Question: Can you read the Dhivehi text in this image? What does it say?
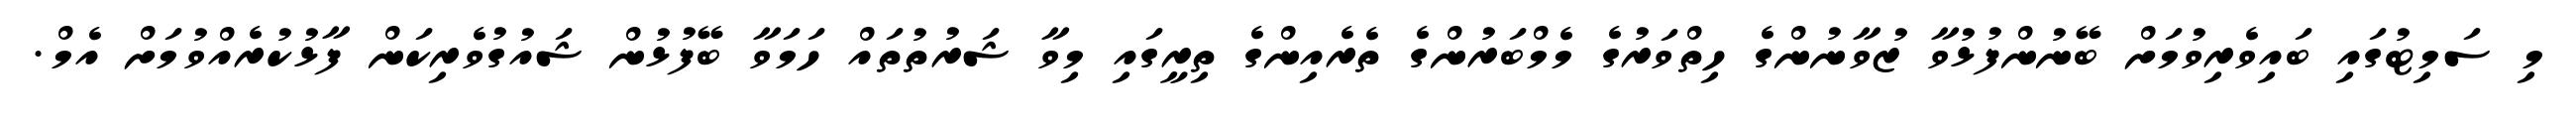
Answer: މި ސަމިޓުގައި ބައިވެރިވުމަށް ބޭނުންފުޅުވާ ޒުވާނުންގެ ހިތްވަރުގެ މެމްބަރުންގެ ތެރެއިންގެ ތިރީގައި މިވާ ޝަރުތުތައް ހަމަވާ ބޭފުޅުން ޝައުގުވެރިކަން ފާޅުކުރެއްވުމަށް އެމް.